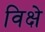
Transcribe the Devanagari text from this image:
विक्षे